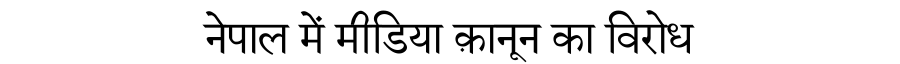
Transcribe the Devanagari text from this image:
नेपाल में मीडिया क़ानून का विरोध